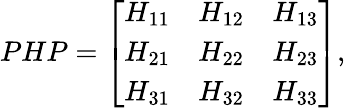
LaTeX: PHP=\left[\begin{array}{rrr}{{H_{11}}}&{{H_{12}}}&{{H_{13}}}\\ {{H_{21}}}&{{H_{22}}}&{{H_{23}}}\\ {{H_{31}}}&{{H_{32}}}&{{H_{33}}}\end{array}\right],